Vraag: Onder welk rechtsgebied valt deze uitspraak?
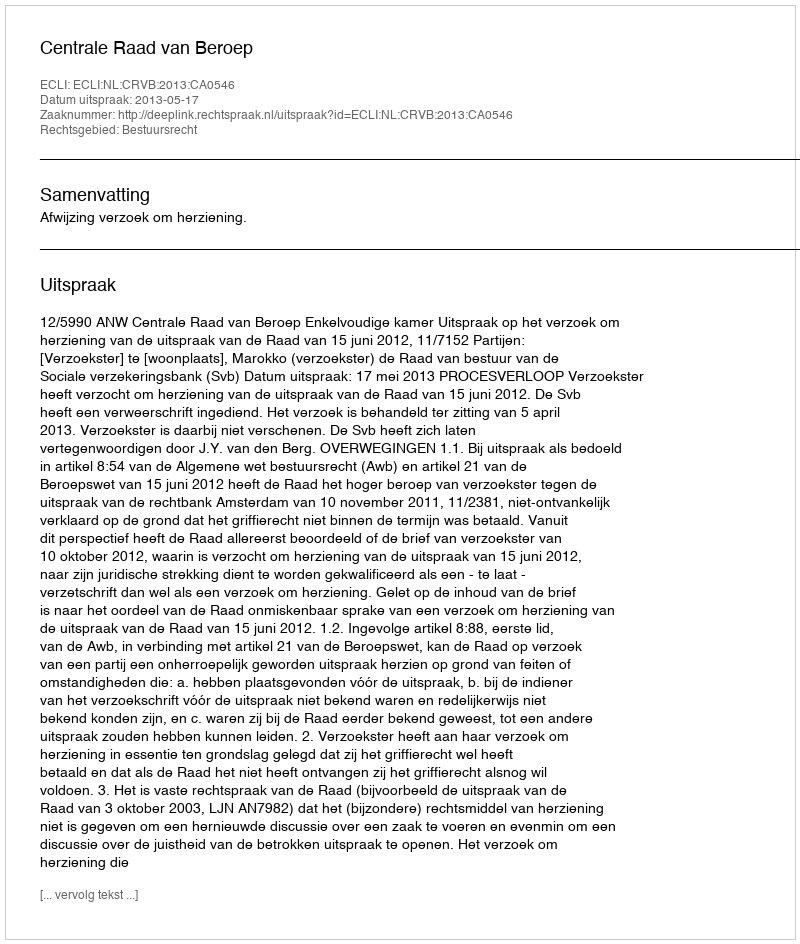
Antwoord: Bestuursrecht